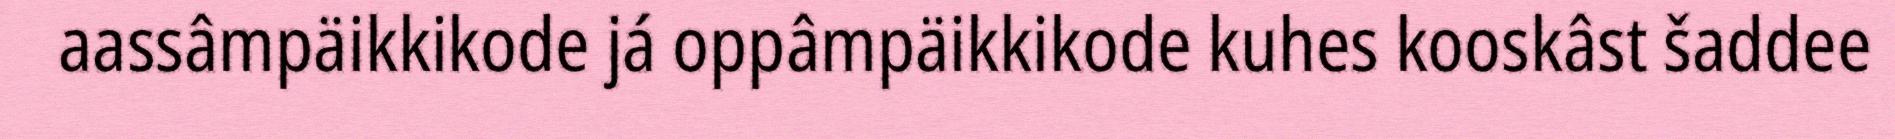
aassâmpäikkikode já oppâmpäikkikode kuhes kooskâst šaddee